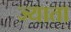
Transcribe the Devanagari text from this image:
ज्याता